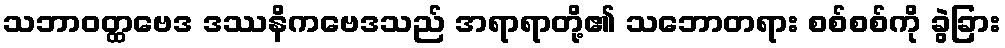
သဘာဝတ္ထဗေဒ ဒဿနိကဗေဒသည် အရာရာတို့၏ သဘောတရား စစ်စစ်ကို ခွဲခြား